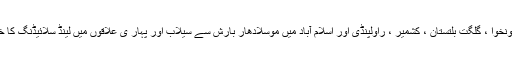
خیبر پختونخوا ، گلگت بلتستان ، کشمیر ، راولپنڈی اور اسلام آباد میں موسلادھار بارش سے سیلاب اور پہارٰ ی علاقوں میں لینڈ سلائیڈنگ کا خدشہ ہے۔